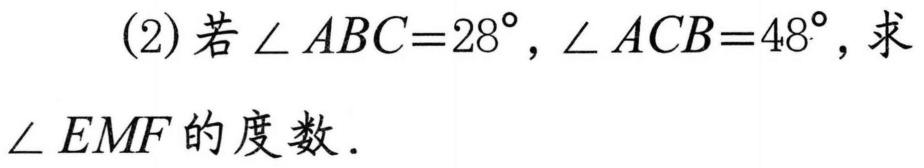
(2)若$\angle ABC = 28^{\circ},\angle ACB = 48^{\circ}$，求
$\angle EMF$的度数．